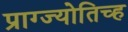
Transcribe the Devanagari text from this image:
प्राग्ज्योतिच्ह